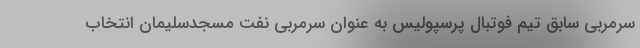
سرمربی سابق تیم فوتبال پرسپولیس به عنوان سرمربی نفت مسجدسلیمان انتخاب